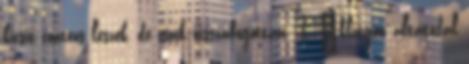
kicsit conteos leszek, de csak visszafogottan: 1. "klingon altatódal